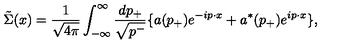
\tilde { \Sigma } ( x ) = \frac { 1 } { \sqrt { 4 { \pi } } } \int _ { - { \infty } } ^ { \infty } \frac { d p _ { + } } { \sqrt { p ^ { - } } } \{ a ( p _ { + } ) e ^ { - i p { \cdot } x } + a ^ { \ast } ( p _ { + } ) e ^ { i p { \cdot } x } \} ,